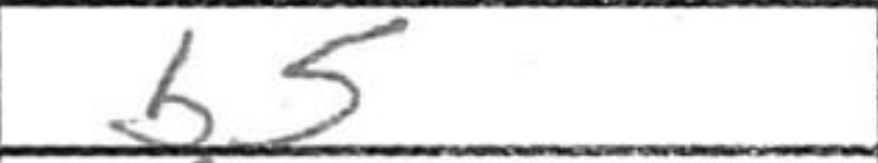
Transcription: b5